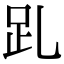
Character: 𧾹